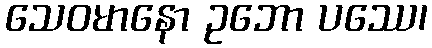
သေဝမာနော ဥဘော ပဿေ၊